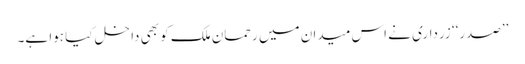
’’صدر‘‘ زرداری نے اس میدان میں رحمان ملک کو بھی داخل کیا ہوا ہے۔